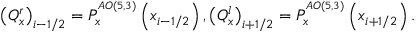
{ { \left( Q _ { x } ^ { r } \right) } _ { i - 1 / 2 } } = P _ { x } ^ { ^ { A O \left( 5 , 3 \right) } } \left( { { x } _ { i - 1 / 2 } } \right) , { { \left( Q _ { x } ^ { l } \right) } _ { i + 1 / 2 } } = P _ { x } ^ { ^ { A O \left( 5 , 3 \right) } } \left( { { x } _ { i + 1 / 2 } } \right) .